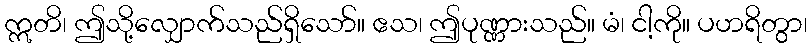
ဣတိ၊ ဤသို့လျှောက်သည်ရှိသော်။ ဧသ၊ ဤပုဏ္ဏားသည်။ မံ၊ ငါ့ကို။ ပဟရိတွာ၊